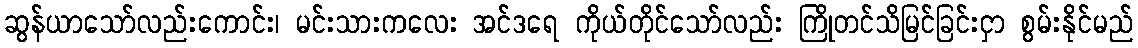
ဆွန်ယာသော်လည်းကောင်း၊ မင်းသားကလေး အင်ဒရေ ကိုယ်တိုင်သော်လည်း ကြိုတင်သိမြင်ခြင်းငှာ စွမ်းနိုင်မည်